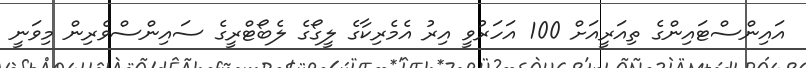
އައިންސްޓައިންގެ ތިއަރީއަށް 100 އަހަރުވީ އިރު އެމެރިކާގެ ލީގޯގެ ލެބޯޓްރީގެ ސައިންސްވެރިން މިވަނީ